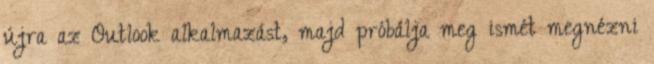
újra az Outlook alkalmazást, majd próbálja meg ismét megnézni